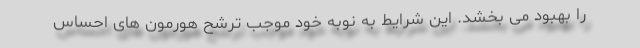
را بهبود می بخشد. این شرایط به نوبه خود موجب ترشح هورمون های احساس